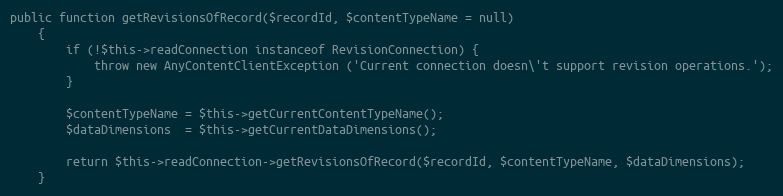
Language: PHP
public function getRevisionsOfRecord($recordId, $contentTypeName = null)
    {
        if (!$this->readConnection instanceof RevisionConnection) {
            throw new AnyContentClientException ('Current connection doesn\'t support revision operations.');
        }

        $contentTypeName = $this->getCurrentContentTypeName();
        $dataDimensions  = $this->getCurrentDataDimensions();

        return $this->readConnection->getRevisionsOfRecord($recordId, $contentTypeName, $dataDimensions);
    }